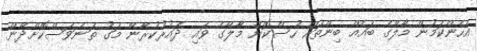
އެހެންކަމުން މާލޭގެ ބައެއް ބިންތައް ހުސްކޮށް މާލޭގެ ވައި ދައުރުކުރާނޭ މަގު ތަނަވަސްކޮށްދޭން